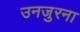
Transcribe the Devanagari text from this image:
उनजुरना